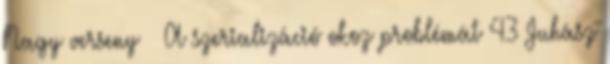
Nagy verseny ● A szerializáció okoz problémát 43 Juhász